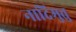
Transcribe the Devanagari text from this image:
नादिमुत्तु